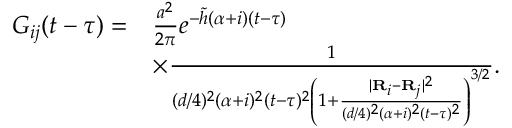
\begin{array} { r l } { G _ { i j } ( t - \tau ) = } & { \frac { a ^ { 2 } } { 2 \pi } e ^ { - \tilde { h } ( \alpha + i ) ( t - \tau ) } } \\ & { \times \frac { 1 } { ( d / 4 ) ^ { 2 } ( \alpha + i ) ^ { 2 } ( t - \tau ) ^ { 2 } \left( 1 + \frac { \lvert { \bf R } _ { i } - { \bf R } _ { j } \rvert ^ { 2 } } { ( d / 4 ) ^ { 2 } ( \alpha + i ) ^ { 2 } ( t - \tau ) ^ { 2 } } \right) ^ { 3 / 2 } } . } \end{array}